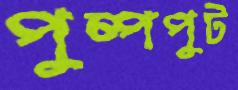
পুষ্পপুট